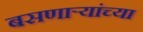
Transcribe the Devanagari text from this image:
बसणार्‍यांच्या